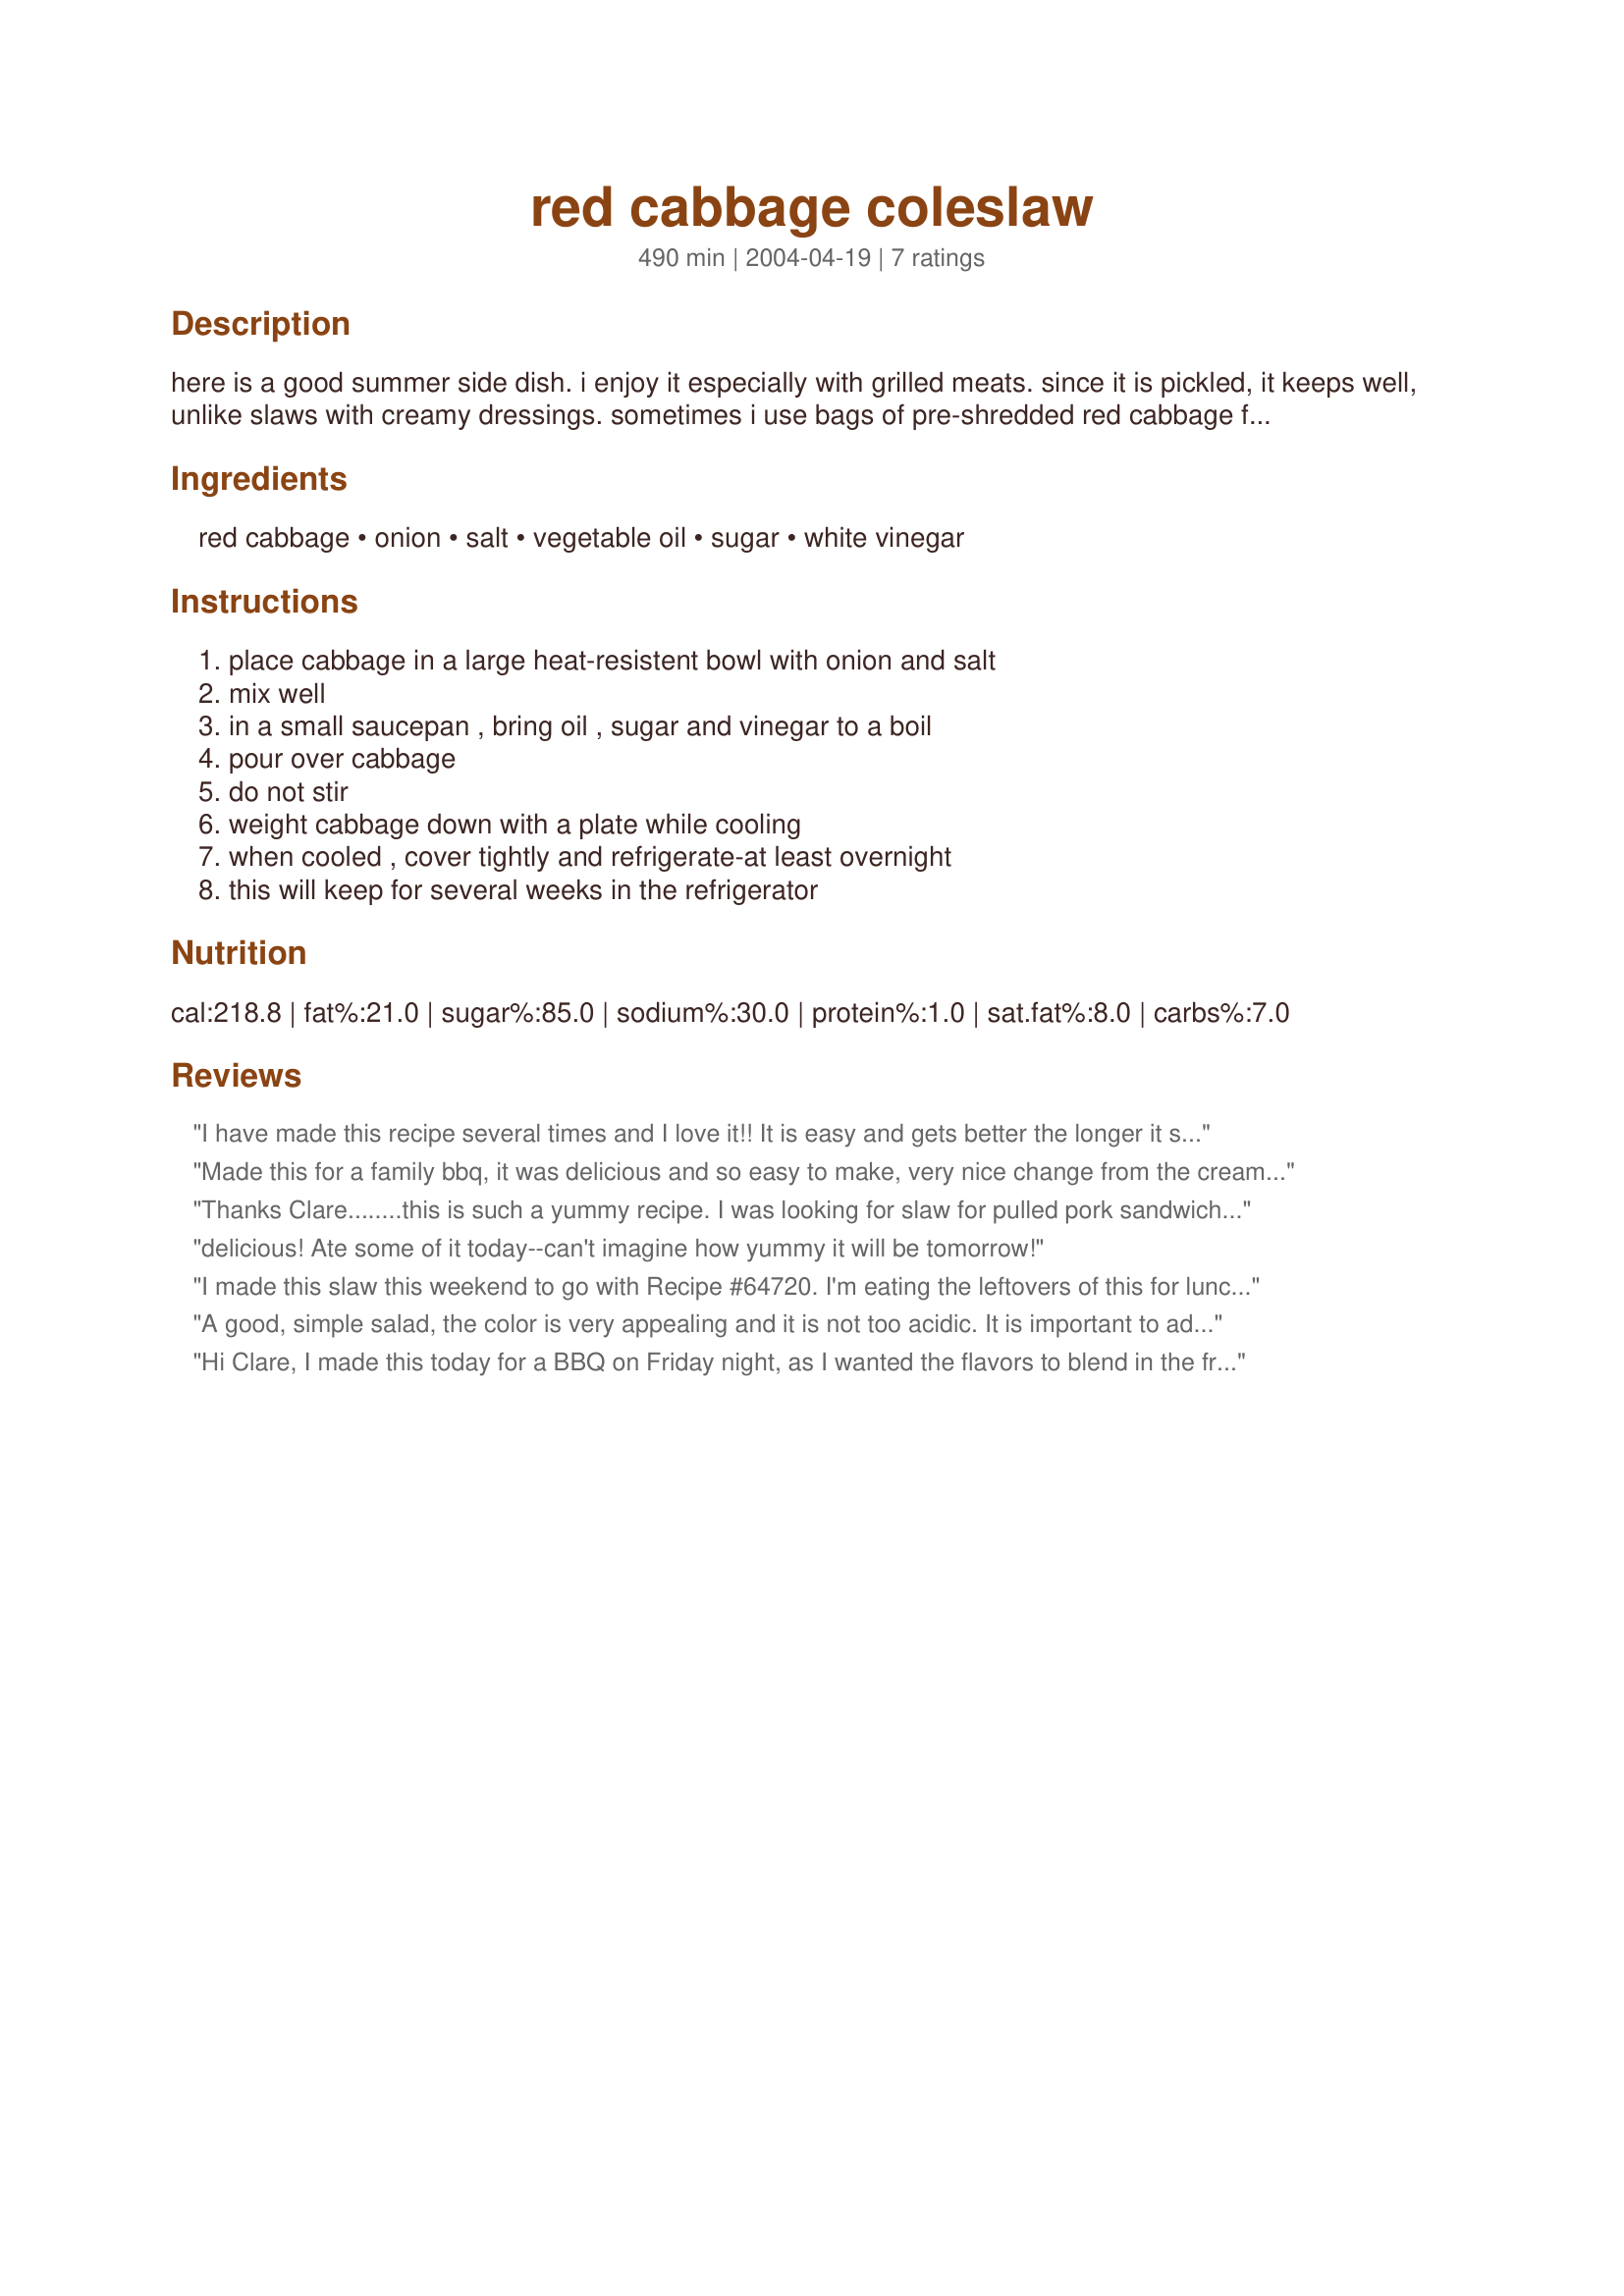
red cabbage coleslaw
Preparation time: 490 minutes

here is a good summer side dish. i enjoy it especially with grilled meats. since it is pickled, it keeps well, unlike slaws with creamy dressings. sometimes i use bags of pre-shredded red cabbage for this.

Ingredients:
red cabbage, onion, salt, vegetable oil, sugar, white vinegar

Steps:
place cabbage in a large heat-resistent bowl with onion and salt, mix well, in a small saucepan , bring oil , sugar and vinegar to a boil, pour over cabbage, do not stir, weight cabbage down with a plate while cooling, when cooled , cover tightly and refrigerate-at least overnight, this will keep for several weeks in the refrigerator

Reviews:
I have made this recipe several times and I love it!! It is easy and gets better the longer it sits, so making it in advance for BBQ's or potlucks makes it a great side dish to take. I love making it to go with pulled pork.
Made this for a family bbq, it was delicious and so easy to make, very nice change from the creamy type cole slaws, my SIL requested the recipe!
Thanks for a good one!

Thanks Clare........this is such a yummy recipe. I was looking for slaw for pulled pork sandwiches, and only had red cabbage on hand, so I found your recipe. I'm not too fond of vinegar-based slaw, but thought it would go best with the sandwiches. I guess now I do like "other than creamy" slaw.
Thanks, we all enjoyed it. Donna
delicious! Ate some of it today--can't imagine how yummy it will be tomorrow!
I made this slaw this weekend to go with Recipe #64720. I'm eating the leftovers of this for lunch right now. It was delicious. My mom used to make this salad when I was growing up and now I've found the recipe. Thanks.
A good, simple salad, the color is very appealing and it is not too acidic. It is important to add the dressing while it is hot, it permeates everything better than a cold dressing would. It does keep well, as noted, and would be great to carry to a picnic or pot luck, as it will not spoil like mayo-based salads might.
Hi Clare, I made this today for a BBQ on Friday night, as I wanted the flavors to blend in the fridge. It is simply wonderful! I prefer this kind instead of the heavy creamy coleslaws especially with grilled foods. I know I will be making this again soon, I love the taste, and idea of being able to keep it in the fridge for weeks, I think this will only get better with age. Thanks so much for sharing this delicious recipe...Kittencal :)
